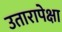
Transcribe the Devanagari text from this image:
उतारापेक्षा